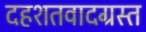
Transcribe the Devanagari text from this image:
दहशतवादग्रस्त